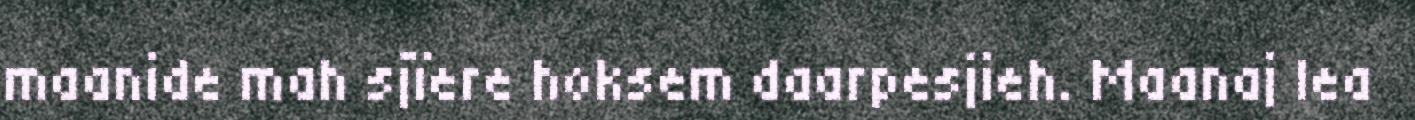
maanide mah sjïere hoksem daarpesjieh. Maanaj lea